Indian journal of veterinary science and animal husbandry - Volume 14,
Year: 1944
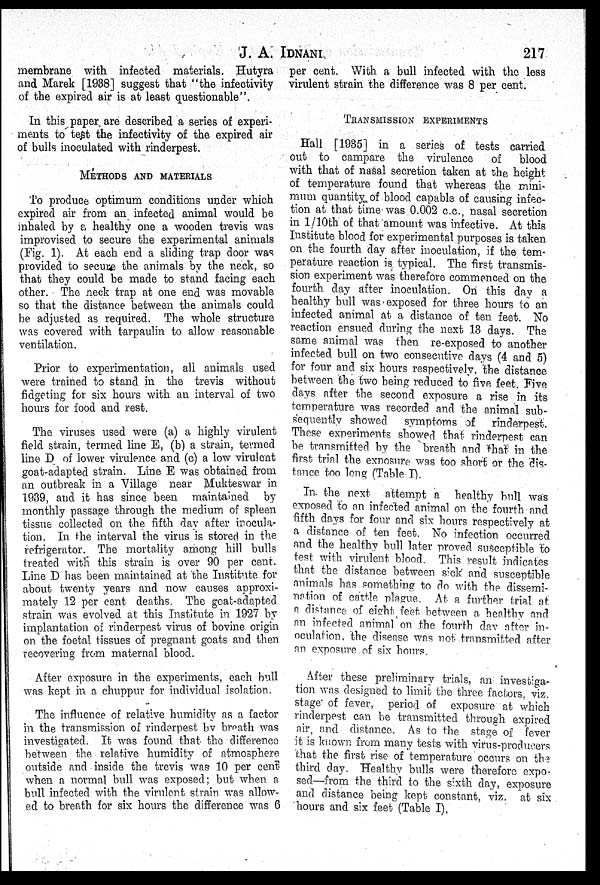
J. A.
IDNANI
217
membrane with infected materials. Hutyra
and Marek [1938] suggest that "the infectivity
of the expired air is at least questionable".
In this paper are described a series of experi-
ments to test the infectivity of the expired air
of bulls inoculated with rinderpest.
METHODS AND MATERIALS
To produce optimum conditions under which
expired air from an infected animal would be
inhaled by a healthy one a wooden trevis was
improvised to secure the experimental animals
(Fig. 1). At each end a sliding trap door was
provided to secure the animals by the neck, so
that they could be made to stand facing each
other. The neck trap at one end was movable
so that the distance between the animals could
be adjusted as required. The whole structure
was covered with tarpaulin to allow reasonable
ventilation.
Prior to experimentation, all animals used
were trained to stand in the trevis without
fidgeting for six hours with an interval of two
hours for food and rest.
The viruses used were (a) a highly virulent
field strain, termed line E, (b) a strain, termed
line D of lower virulence and (c) a low virulent
goat-adapted strain. Line E was obtained from
an outbreak in a Village near Mukteswar in
1939, and it has since been maintained by
monthly passage through the medium of spleen
tissue collected on the fifth day after inocula-
tion. In the interval the virus is stored in the
refrigerator. The mortality among hill bulls
treated with this strain is over 90 per cent.
Line D has been maintained at the Institute for
about twenty years and now causes approxi-
mately 12 per cent deaths. The goat-adapted
strain was evolved at this Institute in 1927 by
implantation of rinderpest virus of bovine origin
on the foetal tissues of pregnant goats and then
recovering from maternal blood.
After exposure in the experiments, each bull
was kept in a chuppur for individual isolation.
The influence of relative humidity as a factor
in the transmission of rinderpest by breath was
investigated. It was found that the difference
between the relative humidity of atmosphere
outside and inside the trevis was 10 per cent
when a normal bull was exposed; but when a
bull infected with the virulent strain was allow-
ed to breath for six hours the difference was 6
per cent. With a bull infected with the less
virulent strain the difference was 8 per cent.
TRANSMISSION EXPERIMENTS
Hall [1935] in a series of tests carried
out to campare the virulence
of
blood
with that of nasal secretion taken at the height
of temperature found that whereas the mini-
mum quantity of blood capable of causing infec-
tion at that time was 0.002 c.c., nasal secretion
in 1/10th of that amount was infective. At this
Institute blood for experimental purposes is taken
on the fourth day after inoculation, if the tem-
perature reaction is typical. The first transmis-
sion experiment was therefore commenced on the
fourth day after inoculation. On this day a
healthy bull was exposed for three hours to an
infected animal at a distance of ten feet. No
reaction ensued during the next 13 days. The
same animal was then re-exposed to another
infected bull on two consecutive days (4 and 5)
for four and six hours respectively, the distance
between the two being reduced to five feet. Five
days after the second exposure a rise in its
temperature was recorded and the animal sub-
sequently showed
symptoms of
rinderpest.
These experiments showed that rinderpest can
be transmitted by the breath and that in the
first trial the exposure was too short or the dis-
tance too long (Table I).
In the next attempt a healthy bull was
exposed to an infected animal on the fourth and
fifth days for four and six hours respectively at
a distance of ten feet. No infection occurred
and the healthy bull later proved susceptible to
test with virulent blood. This result indicates
that the distance between sick and susceptible
animals has something to do with the dissemi-
nation of cattle plague. At a further trial at
a distance of eight feet between a healthy and
an infected animal on the fourth day after in-
oculation, the disease was not transmitted after
an exposure of six hours.
After these preliminary trials, an investiga-
tion was designed to limit the three factors, viz.
stage of fever, period of exposure at which
rinderpest can be transmitted through expired
air, and distance. As to the stage of fever
it is known from many tests with virus-producers
that the first rise of temperature occurs on the
third day. Healthy bulls were therefore expo-
sed—from the third to the sixth day, exposure
and distance being kept constant, viz. at six
hours and six feet (Table I),